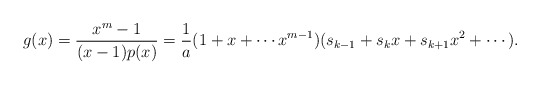
\begin{align*} g(x)&=\frac{x^m-1}{(x-1)p(x)}=\frac{1}{a}(1+x+\cdots x^{m-1})(s_{k-1}+s_kx+s_{k+1}x^2+\cdots).\end{align*}